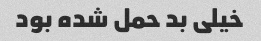
خیلی بد حمل شده بود